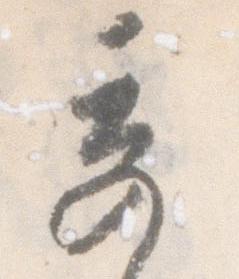
奇